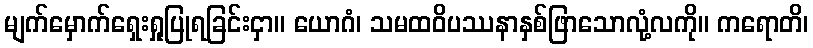
မျက်မှောက်ရှေးရှုပြုရခြင်းငှာ။ ယောဂံ၊ သမထဝိပဿနာနှစ်ဖြာသောလုံ့လကို။ ကရောတိ၊